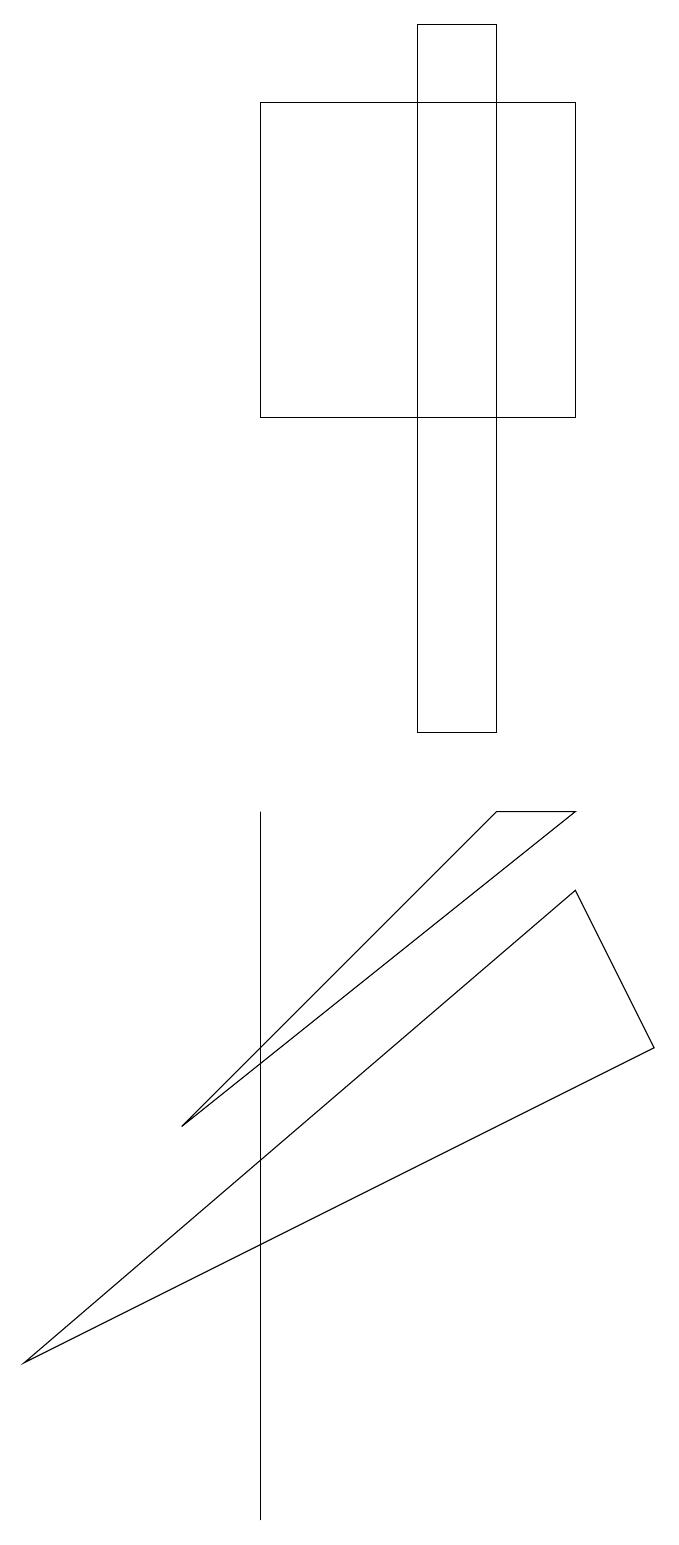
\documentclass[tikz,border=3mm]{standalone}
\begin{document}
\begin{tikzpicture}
\draw (8,18) rectangle (4,14);
\draw (7,9) -- (8,9) -- (3,5) -- cycle;
\draw (8,8) -- (1,2) -- (9,6) -- cycle;
\draw (4,9) -- (4,9) -- (4,0) -- cycle;
\draw (6,10) rectangle (7,19);
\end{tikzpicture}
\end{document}